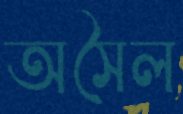
অসৈল